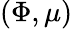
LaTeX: (\Phi,\mu)